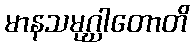
မာနသမုဂ္ဃါတောတိ